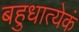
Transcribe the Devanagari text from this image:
बहुधात्येकं